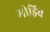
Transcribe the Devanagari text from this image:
मोड्रिच